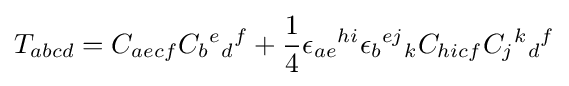
T_{abcd}=C_{aecf}C_{b}{}^{e}{}_{d}{}^{f}+{\frac {1}{4}}\epsilon _{ae}{}^{hi}\epsilon _{b}{}^{ej}{}_{k}C_{hicf}C_{j}{}^{k}{}_{d}{}^{f}